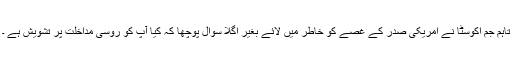
تاہم جم اکوسٹا نے امریکی صدر کے غصے کو خاطر میں لائے بغیر اگلا سوال پوچھا کہ کیا آپ کو روسی مداخلت پر تشویش ہے ۔